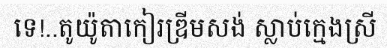
ទេ!..តូយ៉ូតាកៀរឌ្រីមសង់ ស្លាប់ក្មេងស្រី